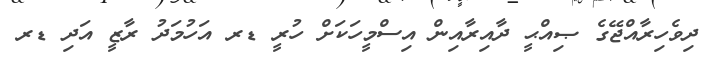
ދިވެހިރާއްޖޭގެ ޞިއްޙީ ދާއިރާއިން އިސްމީހަކަށް ހުރީ ޑރ އަހުމަދު ރާޒީ އަދި ޑރ